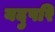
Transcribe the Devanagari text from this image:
यदुपरि